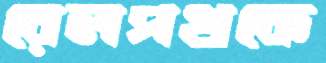
রেলপথকে